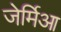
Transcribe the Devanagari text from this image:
जेर्मिआ